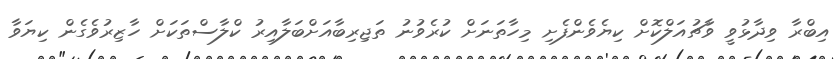
އިބްރާ ވިދާޅުވީ ވާޗުއަލްކޮށް ކިޔެވެންފެށި މިހާތަނަށް ކުރެވުނު ތަޖިރިބާއަށްބަލާއިރު ކްލާސްތަކަށް ހާޒިރުވެގެން ކިޔަވާ